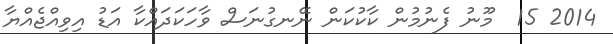
2014 15  މޫނު ފެނުމުން ކާކުކަން ނޭނގުނަސް ވާހަކަދައްކާ އަޑު އިވިއްޖެއްޔާ